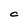
Character: C